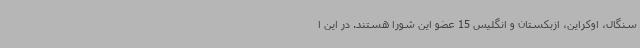
سنگال، اوکراین، ازبکستان و انگلیس 15 عضو این شورا هستند. در این ا